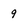
Character: 9